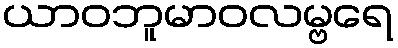
ယာဝဘူမာဝလမ္ဗရေ